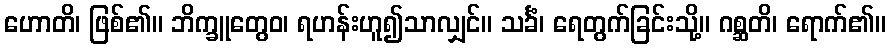
ဟောတိ၊ ဖြစ်၏။ ဘိက္ခူတွေဝ၊ ရဟန်းဟူ၍သာလျှင်။ သင်္ခံ၊ ရေတွက်ခြင်းသို့။ ဂစ္ဆတိ၊ ရောက်၏။